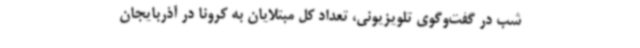
شب در گفت‌وگوی تلویزیونی، تعداد کل مبتلایان به کرونا در آذربایجان